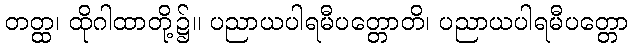
တတ္ထ၊ ထိုဂါထာတို့၌။ ပညာယပါရမီပတ္တောတိ၊ ပညာယပါရမီပတ္တော